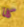
كلا